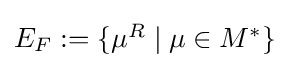
{\textstyle E_{F}:=\{\mu ^{R}\mid \mu \in M^{\ast }\}}